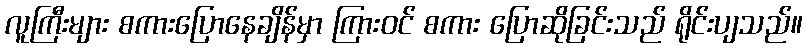
လူကြီးများ စကားပြောနေချိန်မှာ ကြားဝင် စကား ပြောဆိုခြင်းသည် ရိုင်းပျသည်။